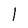
Character: 1